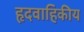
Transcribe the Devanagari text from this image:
हृदवाहिकीय